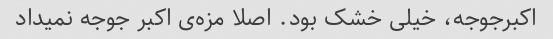
اکبرجوجه، خیلی خشک بود. اصلا مزه‌ی اکبر جوجه نمیداد